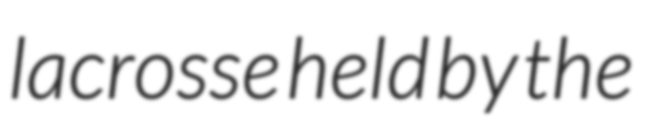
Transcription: lacrosse held by the